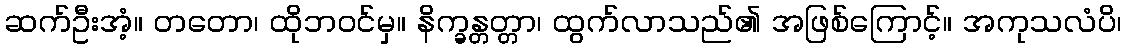
ဆက်ဦးအံ့။ တတော၊ ထိုဘဝင်မှ။ နိက္ခန္တတ္တာ၊ ထွက်လာသည်၏ အဖြစ်ကြောင့်။ အကုသလံပိ၊